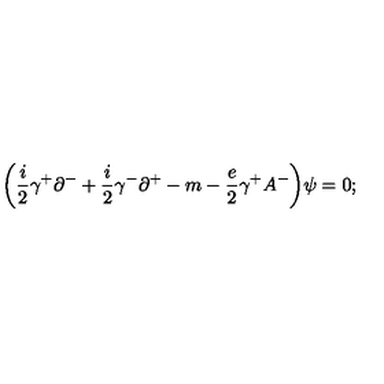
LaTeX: \biggl ( { \frac { i } { 2 } } \gamma ^ { + } \partial ^ { - } + { \frac { i } { 2 } } \gamma ^ { - } \partial ^ { + } - m - { \frac { e } { 2 } } \gamma ^ { + } A ^ { - } \biggr ) \psi = 0 ;